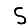
Digit: 5